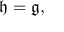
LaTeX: { \mathfrak { h } } = { \mathfrak { g } } ,